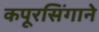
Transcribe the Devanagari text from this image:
कपूरसिंगाने